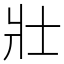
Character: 壯